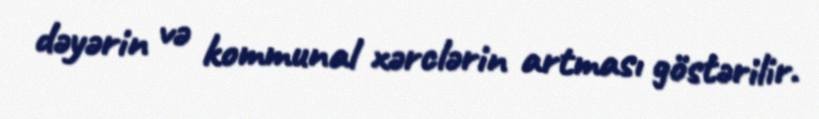
dəyərin və kommunal xərclərin artması göstərilir.